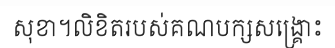
សុខា។លិខិតរបស់គណបក្សសង្គ្រោះ